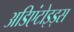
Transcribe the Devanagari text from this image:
अडिएंटोइड्स